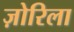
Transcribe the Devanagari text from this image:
ज़ोरिला